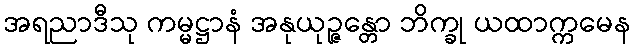
အရညာဒီသု ကမ္မဋ္ဌာနံ အနုယုဉ္ဇန္တော ဘိက္ခု ယထာက္ကမေန